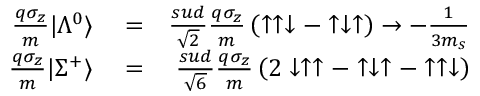
\begin{array} { r l r } { { \frac { q \sigma _ { z } } { m } } | \Lambda ^ { 0 } \rangle } & { { } = } & { { \frac { s u d } { \sqrt { 2 } } } { \frac { q \sigma _ { z } } { m } } \left( \uparrow \uparrow \downarrow - \uparrow \downarrow \uparrow \right) \to - { \frac { 1 } { 3 m _ { s } } } } \\ { { \frac { q \sigma _ { z } } { m } } | \Sigma ^ { + } \rangle } & { { } = } & { { \frac { s u d } { \sqrt { 6 } } } { \frac { q \sigma _ { z } } { m } } \left( 2 \downarrow \uparrow \uparrow - \uparrow \downarrow \uparrow - \uparrow \uparrow \downarrow \right) } \end{array}